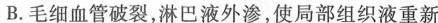
B.毛细血管破裂，淋巴液外渗，使局部组织液